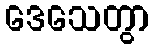
ဒေသေတွာ